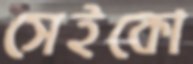
সেইকো